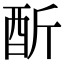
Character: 𨠇